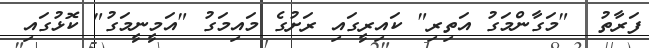
ފަރާތު  "މަގާންމަގު އަތިރި" ކައިރީގައި ރަށުގެ މައިމަގު "އަމީނީމަގު" ކޮޅުގައި